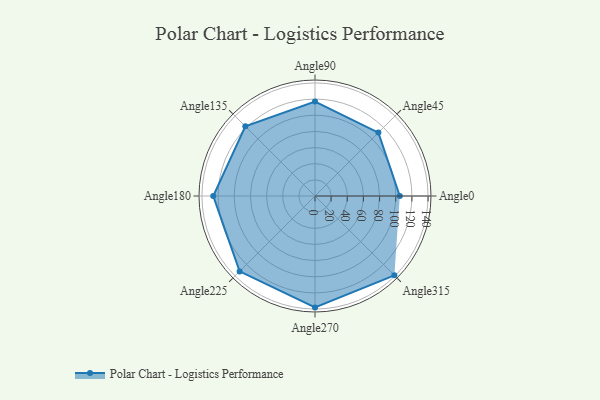
{"axis": {"x": "Angle", "y": "Radius"}, "legend": [""], "data": [{"x": "Angle0", "y": 105.0, "type": ""}, {"x": "Angle45", "y": 111.0, "type": ""}, {"x": "Angle90", "y": 117.0, "type": ""}, {"x": "Angle135", "y": 122.0, "type": ""}, {"x": "Angle180", "y": 126.0, "type": ""}, {"x": "Angle225", "y": 132.0, "type": ""}, {"x": "Angle270", "y": 138.0, "type": ""}, {"x": "Angle315", "y": 139.0, "type": ""}]}